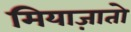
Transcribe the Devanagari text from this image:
मियाज़ातो